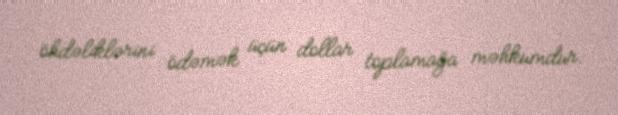
öhdəliklərini ödəmək üçün dollar toplamağa məhkumdur.